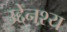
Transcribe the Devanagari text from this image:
उद्देनश्‍य